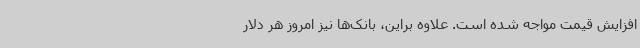
افزایش قیمت مواجه شده است. علاوه براین، بانک‌ها نیز امروز هر دلار